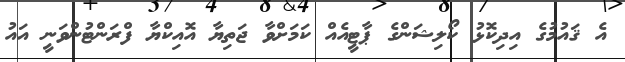
އެ ޤައުމުގެ އިދިކޮޅު ކޯލިޝަންގެ ޕާޓީއެއް ކަމަށްވާ ޖަތިޔާ އޮއިކްޔާ ފްރަންޓުންވަނީ އައު